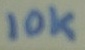
Text: 10K